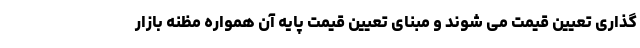
گذاری تعیین قیمت می شوند و مبنای تعیین قیمت پایه آن همواره مظنه بازار